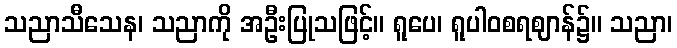
သညာသီသေန၊ သညာကို အဦးပြုသဖြင့်။ ရူပေ၊ ရူပါဝစရဈာန်၌။ သညာ၊